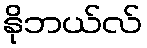
နိုဘယ်လ်